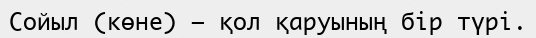
Сойыл (көне) — қол қаруының бір түрі.